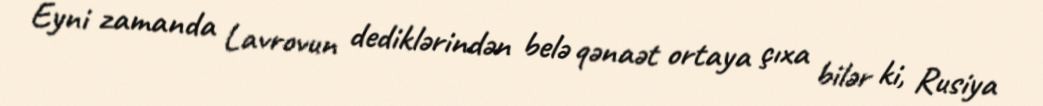
Eyni zamanda Lavrovun dediklərindən belə qənaət ortaya çıxa bilər ki, Rusiya